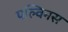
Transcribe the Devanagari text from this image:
पल्विनस